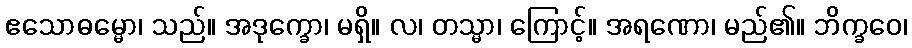
ဧသောဓမ္မော၊ သည်။ အဒုက္ခော၊ မရှိ။ လ၊ တသ္မာ၊ ကြောင့်။ အရဏော၊ မည်၏။ ဘိက္ခဝေ၊